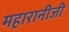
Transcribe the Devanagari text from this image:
महारानीजी